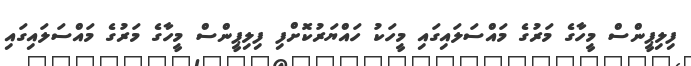
ފިލިޕީންސް މީހާގެ މަރުގެ މައްސަލައިގައި މީހަކު ހައްޔަރުކޮށްފި ފިލިޕީންސް މީހާގެ މަރުގެ މައްސަލައިގައި